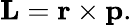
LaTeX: \mathbf{L}=\mathbf{r}\times\mathbf{p}.\,